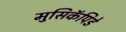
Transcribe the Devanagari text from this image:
मुसिकॅपिडे